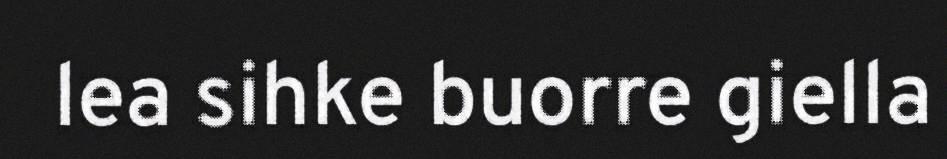
lea sihke buorre giella